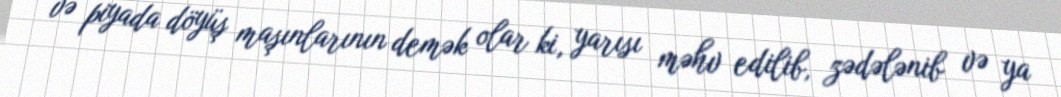
və piyada döyüş maşınlarının demək olar ki, yarısı məhv edilib, zədələnib və ya